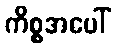
ကိစ္စအပေါ်